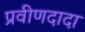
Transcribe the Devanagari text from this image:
प्रवीणदादा